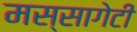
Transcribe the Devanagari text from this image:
मस्सागेटी